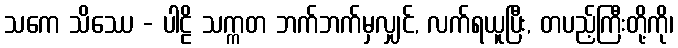
သကေ သိဿေ - ပါဠိ သက္ကတ ဘက်ဘက်မှလျှင်, လက်ရယူပြီး, တပည့်ကြီးတို့ကို၊